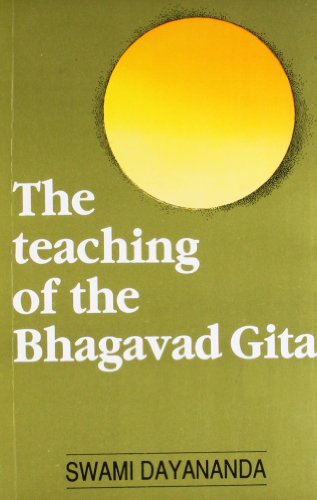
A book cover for The Teaching of the Bhagavad Gita; Dayananda Swami; Religion & Spirituality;